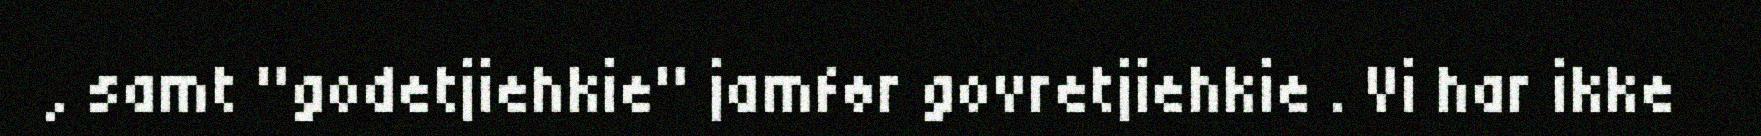
, samt "godetjiehkie" jamfør govretjiehkie . Vi har ikke